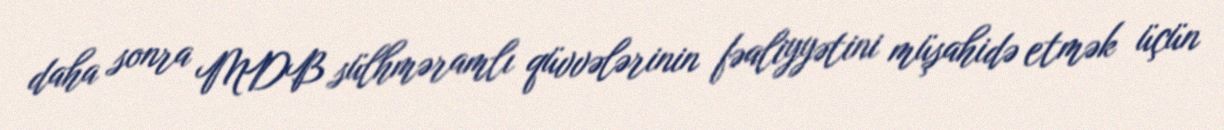
daha sonra MDB sülhməramlı qüvvələrinin fəaliyyətini müşahidə etmək üçün